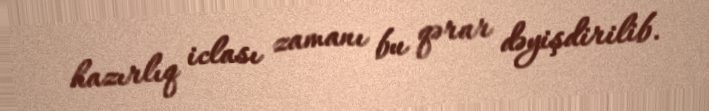
hazırlıq iclası zamanı bu qərar dəyişdirilib.